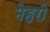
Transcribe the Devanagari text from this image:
मेहरी